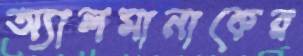
অ্যালমানাকের